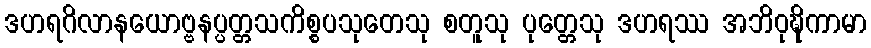
ဒဟရဂိလာနယောဗ္ဗနပ္ပတ္တသကိစ္စပသုတေသု စတူသု ပုတ္တေသု ဒဟရဿ အဘိဝုဍ္ဎိကာမာ